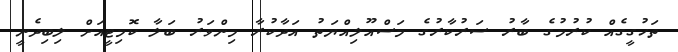
ތަހުގީގެއް ކުރުމުގެ ބާރު ސަރުކާރުގެ މަސްއޫލިއްޔަތު އަދާކުރާ މިންވަރު ބަލާ ކޮމިޓީއަށް ލިބިދެނީ